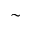
\sim